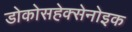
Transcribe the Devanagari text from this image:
डोकोसहेक्सेनोइक